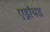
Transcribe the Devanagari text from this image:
एड्रॉयड